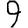
Digit: 9